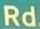
Rd